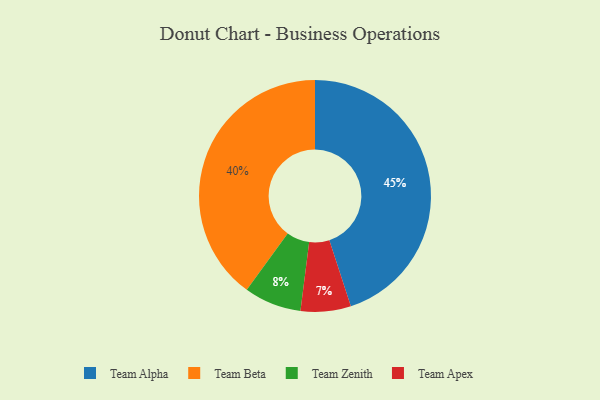
{"axis": {"x": "Category", "y": "Percentage"}, "legend": ["Team Alpha", "Team Apex", "Team Beta", "Team Zenith"], "data": [{"x": "Team Apex", "y": 7, "type": "Team Apex"}, {"x": "Team Alpha", "y": 45, "type": "Team Alpha"}, {"x": "Team Zenith", "y": 8, "type": "Team Zenith"}, {"x": "Team Beta", "y": 40, "type": "Team Beta"}]}